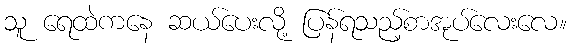
သူ ရေထဲကနေ ဆယ်ပေးလို့ ပြန်ရသည့်စာအုပ်လေးလေ။